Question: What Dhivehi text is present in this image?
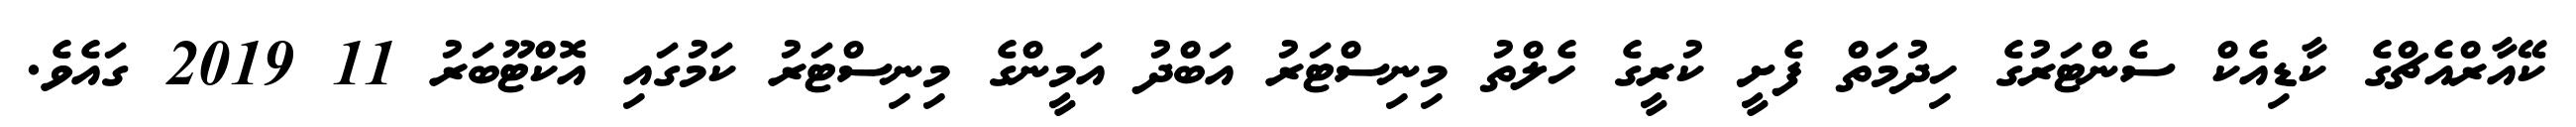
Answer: ކޭއާރްއެޗްގެ ކާޑިއެކް ސެންޓަރުގެ ހިދުމަތް ފެށީ ކުރީގެ ހެލްތު މިނިސްޓަރު އަބްދު އަމީންގެ މިނިސްޓަރު ކަމުގައި އޮކްޓޫބަރު 11 2019 ގައެވެ.